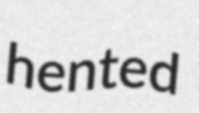
hented